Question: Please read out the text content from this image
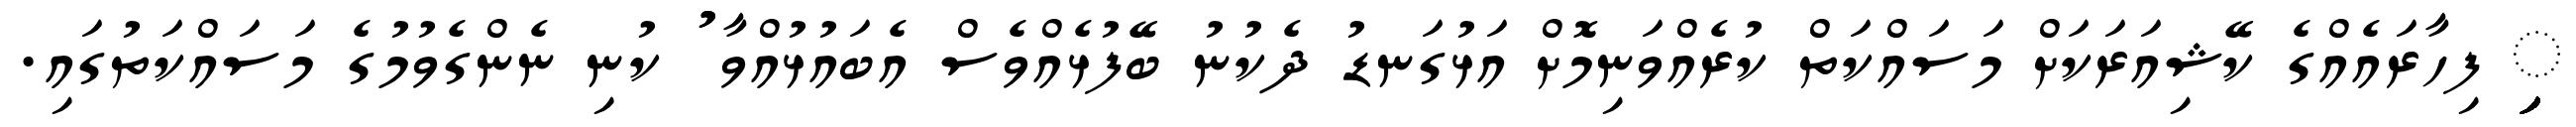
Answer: ިިިިިިިިިިިިިިިިިިިިިިިިިިިިިިިިިިިިިިިިިިިިިިިިިިިިިިިިިި ފިހާރައެއްގެ ކޭޝިއަރަކަށް މަސައްކަތް ކުރެއްވަނިމޮށް އަޅުގަނޑު ދެކުނު ބޭފުޅެއްވެސް އެބައުޅުއްވާ ުު ކުނި ނެންގެވުމުގެ މަސައްކަތުގައި.